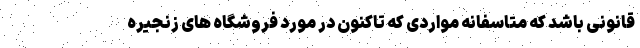
قانونی باشد که متاسفانه مواردی که تاکنون در مورد فروشگاه های زنجیره